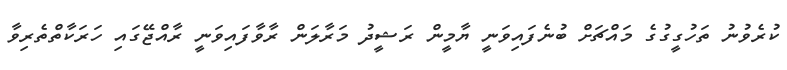
ކުރެވުނު ތަހުގީގުގެ މައްޗަށް ބުނެފައިވަނީ ޔާމީން ރަޝީދު މަރާލަން ރާވާފައިވަނީ ރާއްޖޭގައި ހަރަކާތްތެރިވާ